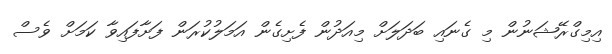
އިމިގްރޭޝަނުން މި ގެނައި ބަދަލަށް މިއަދުން ފެށިގެން އަމަލުކުރަން ފަށާފައިވާ ކަމަށް ވެސް